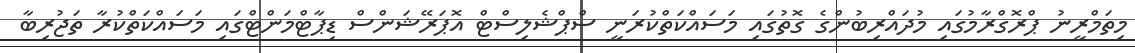
މިތަމްރީނު ޕްރޮގްރާމުގައި މުދައްރިބުންގެ ގޮތުގައި މަސައްކަތްކުރަނީ ސްޕްޝެލިސްޓް އޮޕަރޭޝަންސް ޑިޕާޓްމަންޓްގައި މަސައްކަތްކުރާ ތަޖުރިބާ